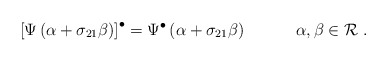
\begin{align*}\left[ \Psi \left( \alpha + \sigma_{21} \beta \right) \right]^{\bullet} = \Psi^{\bullet} \left( \alpha + \sigma_{21} \beta \right)~~~~~~~~~\alpha, \beta \in {\cal R}~.\end{align*}